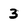
Character: 3